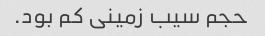
حجم سیب زمینی کم بود.